Civil Veterinary Department Bihar reports 1936-40 - 1936-1940
Year: 1936
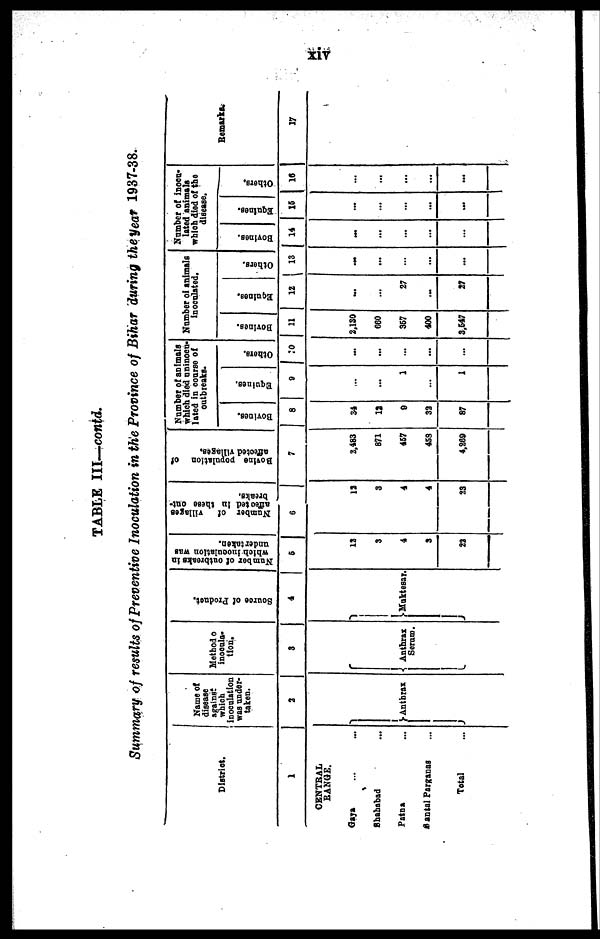
xiv
TABLE III—contd.
Summary of results of Preventive Inoculation in the Province of Bihar during the year 1937-38.
District.
1
CENTRAL
RANGE.
Gaya ... ...
Shahabad ...
Patna ...
Santal Parganas ...
Total ...
Name of
disease
against
which
inoculation
was under-
taken.
3
Anthrax
Method o
inocula-
tion.
3
Anthrax
Serum.
Source
of Product.
4
Muktesar.
Number of outbreaks in
which
inoculation was
undertaken.
6
18
3
4
3
22
Number of
villages
affected in these out-
breaks.
6
13
3
4
4
23
Bovine population of
affected villages.
7
2,483
871
467
458
4,269
Number of animals
which died uninocu-
lated in course of
outbreaks.
Bovines.
8
34
13
9
33
87
Equities.
9
...
...
1
...
1
Others.
10
...
...
...
...
...
Number of animals
inoculated.
Bovines.
11
2,130
660
357
400
3,547
Equines.
12
...
...
27
...
27
Others.
13
...
...
...
...
...
Number of inocu-
lated animals
which died of the
disease.
Bovines.
14
...
...
...
...
...
Equines.
15
...
...
...
...
...
Others.
16
...
...
...
...
...
Remarks.
17